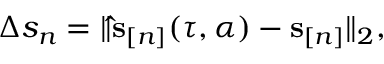
\begin{array} { r } { \Delta s _ { n } = \| \ensuremath { \mathbf { \hat { s } } } _ { [ n ] } ( \tau , \alpha ) - \mathbf s _ { [ n ] } \| _ { 2 } , } \end{array}